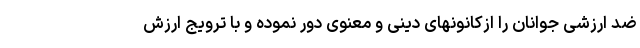
ضد ارزشی جوانان را ازکانونهای دینی و معنوی دور نموده و با ترویج ارزش